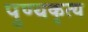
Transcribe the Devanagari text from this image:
पुण्यकृत्य